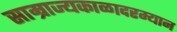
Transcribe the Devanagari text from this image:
साम्राज्यकाळादरम्यान